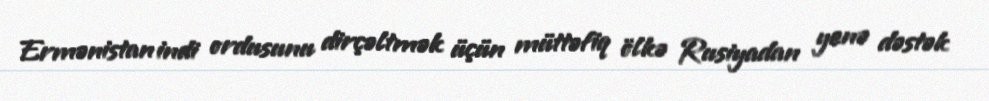
Ermənistan indi ordusunu dirçəltmək üçün müttəfiq ölkə Rusiyadan yenə dəstək